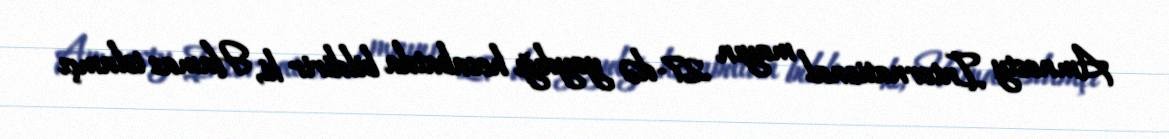
Amnesty International mayın 27-də yaydığı hesabatda bildirir ki, Hamas islamçı